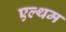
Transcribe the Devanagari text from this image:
एल्थम